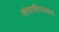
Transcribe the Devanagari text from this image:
संभाजीराजास